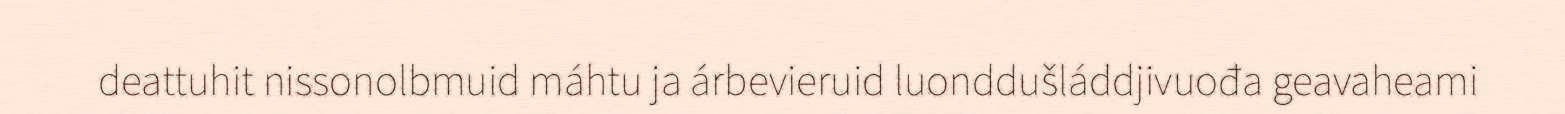
deattuhit nissonolbmuid máhtu ja árbevieruid luonddušláddjivuođa geavaheami